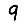
Digit: 9